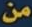
من